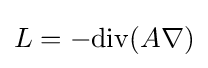
L=-\mathrm {div} (A\nabla )